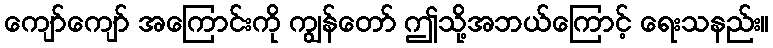
ကျော်ကျော် အကြောင်းကို ကျွန်တော် ဤသို့အဘယ်ကြောင့် ရေးသနည်း။